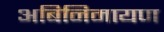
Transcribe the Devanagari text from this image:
अबिनिमायण